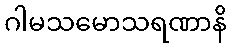
ဂါမသမောသရဏာနိ